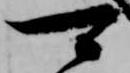
可